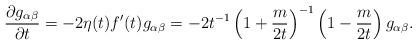
LaTeX: \begin{align*}\frac{\partial g_{\alpha \beta}}{\partial t}= - 2 \eta (t) f'(t) g_{\alpha \beta}= - 2 t^{-1}\left(1+\frac{m}{2t}\right)^{-1}\left(1-\frac{m}{2t}\right) g_{\alpha \beta}.\end{align*}